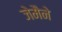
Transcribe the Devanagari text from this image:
जेमैने